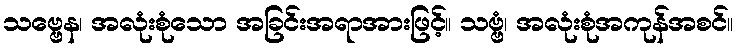
သဗ္ဗေန၊ အလုံးစုံသော အခြင်းအရာအားဖြင့်။ သဗ္ဗံ၊ အလုံးစုံအကုန်အစင်။